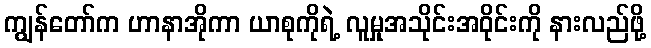
ကျွန်တော်က ဟာနာအိုကာ ယာစုကိုရဲ့ လူမှုအသိုင်းအဝိုင်းကို နားလည်ဖို့